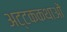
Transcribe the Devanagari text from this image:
अट्टककथाओं